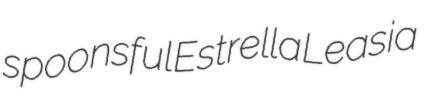
spoonsful Estrella Leasia